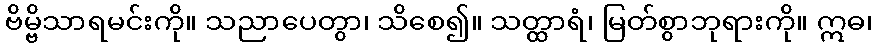
ဗိမ္ဗိသာရမင်းကို။ သညာပေတွာ၊ သိစေ၍။ သတ္ထာရံ၊ မြတ်စွာဘုရားကို။ ဣဓ၊